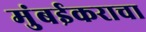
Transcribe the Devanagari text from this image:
मुंबईकराचा